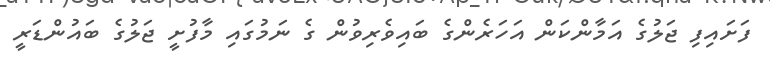
ފަށައިފި ޖަލުގެ އަމާންކަން އަހަރެންގެ ބައިވެރިވުން ގެ ނަމުގައި މާފުށީ ޖަލުގެ ބައުންޑަރީ